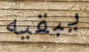
يبقيه